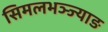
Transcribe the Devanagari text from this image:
सिमलभञ्ज्याङ